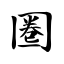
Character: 圈